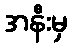
အနီးမှ